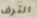
الترف